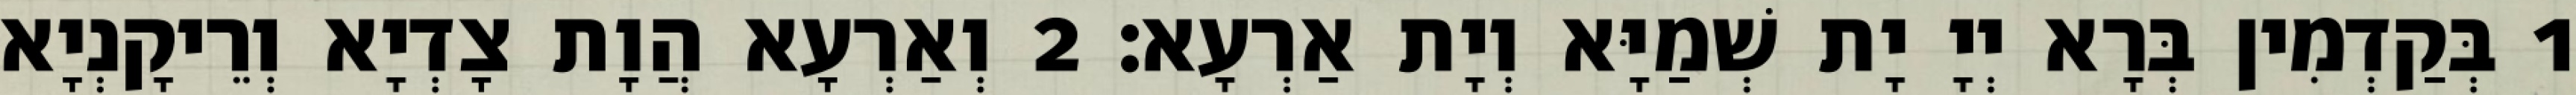
1 בְּקַדְמִין בְּרָא יְיָ יָת שְׁמַיָּא וְיָת אַרְעָא׃ 2 וְאַרְעָא הֲוָת צָדְיָא וְרֵיקָנְיָא